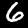
Digit: 6